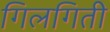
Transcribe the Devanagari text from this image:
गिलगिती